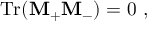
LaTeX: \mathrm { T r } ( { \bf M } _ { + } { \bf M } _ { - } ) = 0 \ ,